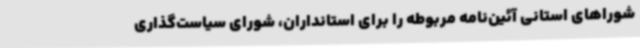
شوراهای استانی آئین‌نامه مربوطه را برای استانداران، شورای سیاست‌گذاری